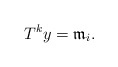
\begin{align*} T^ky =\mathfrak{m}_i.\end{align*}